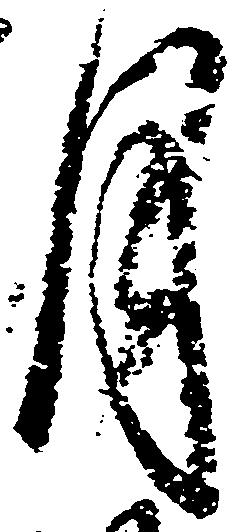
月